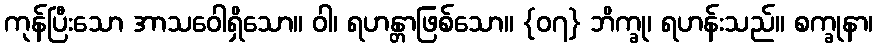
ကုန်ပြီးသော အာသဝေါရှိသော။ ဝါ၊ ရဟန္တာဖြစ်သော။ {၀၇} ဘိက္ခု၊ ရဟန်းသည်။ စက္ခုနာ၊